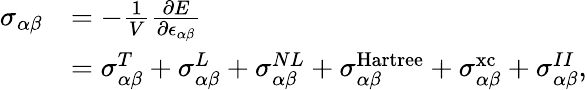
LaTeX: \begin{array}{rl}{\sigma_{\alpha\beta}}&{=-\frac{1}{V}\frac{\partial E}{\partial\epsilon_{\alpha\beta}}}\\ &{=\sigma_{\alpha\beta}^{T}+\sigma_{\alpha\beta}^{L}+\sigma_{\alpha\beta}^{NL}+\sigma_{\alpha\beta}^{\mathrm{Hartree}}+\sigma_{\alpha\beta}^{\mathrm{xc}}+\sigma_{\alpha\beta}^{II},}\end{array}